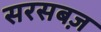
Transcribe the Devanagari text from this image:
सरसबज़